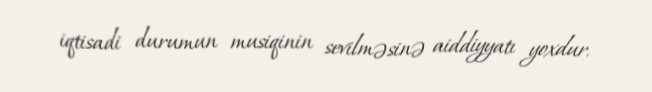
iqtisadi durumun musiqinin sevilməsinə aiddiyyatı yoxdur.